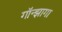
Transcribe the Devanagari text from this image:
गॉन्झागा